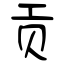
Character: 贡